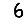
Digit: 6